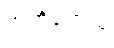
အဘိရုဟိံသု